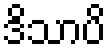
ဒိသာပိ